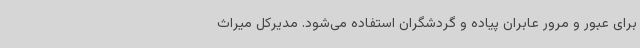
برای عبور و مرور عابران پیاده و گردشگران استفاده می‌شود. مدیرکل میراث